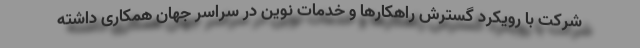
شرکت با رویکرد گسترش راهکارها و خدمات نوین در سراسر جهان همکاری داشته